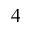
^ 4